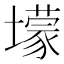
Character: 𡒯